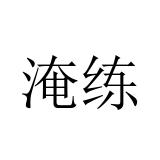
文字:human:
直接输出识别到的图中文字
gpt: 淹练